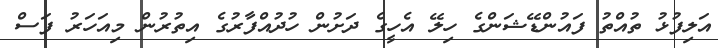
އަލިފުޅު ތުއްތު ފައުންޑޭޝަންގެ ހިލޭ އެހީގެ ދަށުން ހުދުއްފާރުގެ އިތުރުން މިއަަހަރު ފަސް